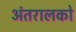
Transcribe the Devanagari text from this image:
अंतरालको